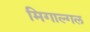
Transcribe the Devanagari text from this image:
मिगाल्गल